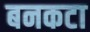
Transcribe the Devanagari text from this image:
बनकटा